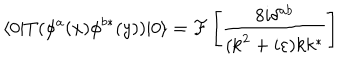
LaTeX: \langle 0 | T ( \phi ^ { a } ( x ) \phi ^ { b * } ( y ) ) | 0 \rangle = { \cal F } \left[ \frac { 8 i \delta ^ { a b } } { ( \mathrm { k } ^ { 2 } + i \varepsilon ) k k ^ { * } } \right]